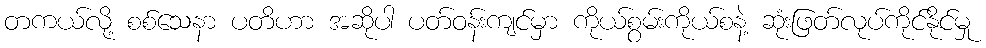
တကယ်လို့ စစ်သေနာ ပတိဟာ အဆိုပါ ပတ်ဝန်းကျင်မှာ ကိုယ်စွမ်းကိုယ်စနဲ့ ဆုံးဖြတ်လုပ်ကိုင်နိုင်မှု